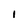
Character: 1